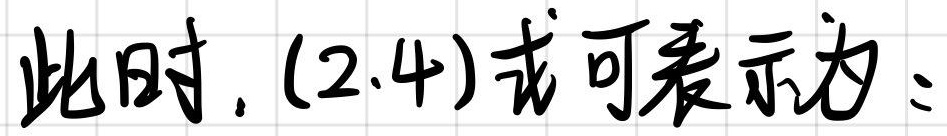
此时, (2.4)式可表示为: